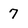
Character: 7